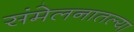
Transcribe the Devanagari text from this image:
संमेलनातल्या